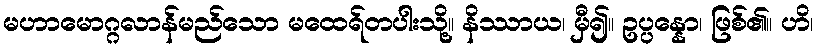
မဟာမောဂ္ဂလာန်မည်သော မထေရ်တပါးသို့။ နိဿာယ၊ မှီ၍။ ဥပ္ပန္နော၊ ဖြစ်၏။ ဟိ၊